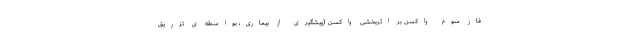
فاز سوم واکسن بر اثربخشی واکسن (پیشگیری از بیماری، بواسطه ی تزریق